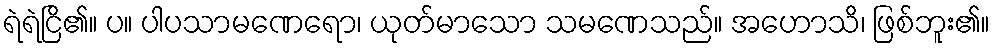
ရဲရဲငြိ၏။ ပ။ ပါပသာမဏေရော၊ ယုတ်မာသော သမဏေသည်။ အဟောသိ၊ ဖြစ်ဘူး၏။